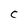
Character: C